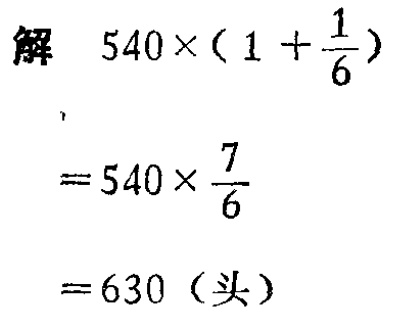
\[

\begin{align*}

&解\quad540\times(1 + \frac{1}{6})\\

&=540\times\frac{7}{6}\\

&= 630 (\text{头})

\end{align*}

\]